Juuru_vallavalitsus, lk 49
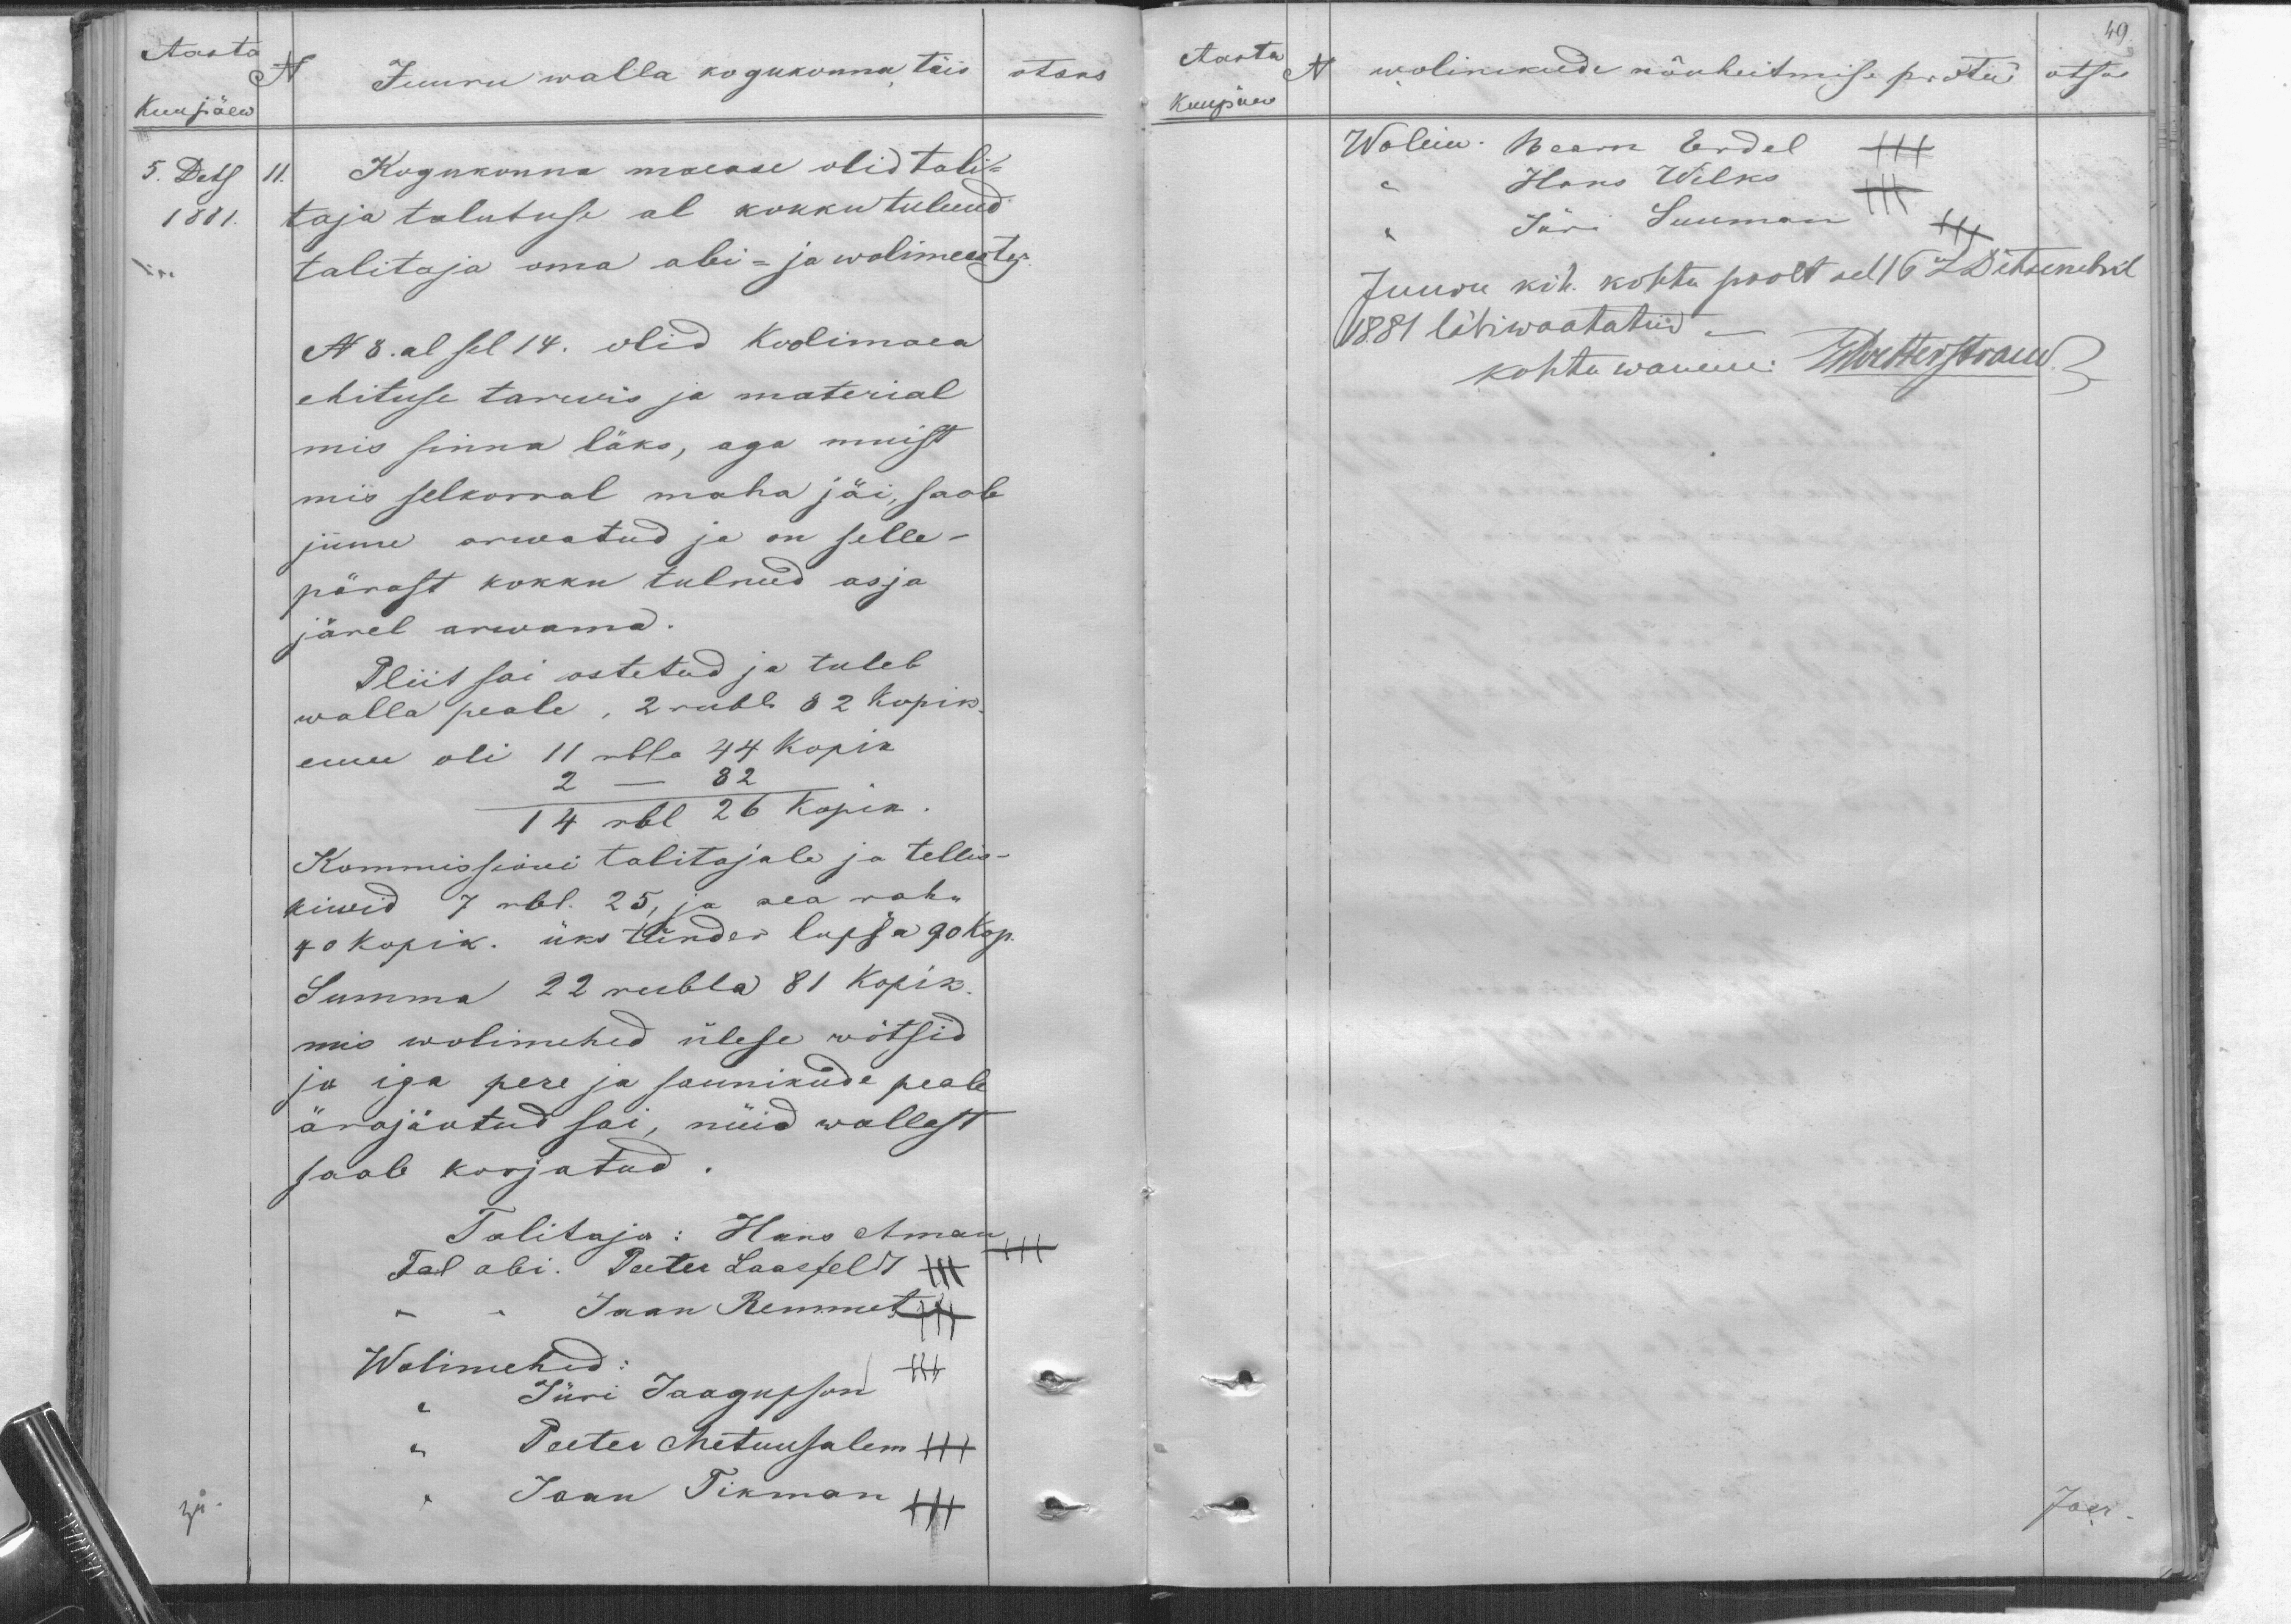
Aasta
N
Kuupäew
5. Dets 11.
1881.
Juuru walla kogukonna, täis
otsus.
Kogukonna maease olid tali-
taja talutuse al kokku tulnud
talitaja oma abi- ja wolimestega
N 8. al sel 14. olid Koolimaea
ehituse tarwis ja material
mis sinna läks, aga muist
mis selkorral maha jäi, saab
juure arwatud ja on selle-
pärast kokku tulnud asja
järel arwama.
Pliit sai ostetud ja tuleb
walla peale, 2 rubla 82 kopik.
enne oli 11 rbl. 44 kopik
2 - 82
14 rbl 26 kopik.
Kommissiooni talitajale ja tellis-
kiwid 7 rbl. 25, ja aea raha
40 kopik. Üks tünder kapsa 90 kop.
Summa 22 rubla 81 kopik
mis wolimehed ülese wõtsid
ja iga pere ja saunikude peale
ärajäotud sai, nüid wällast
saab korjatud
Talitaja: Hans Aman
Tal abi. Peeter Laasfeldt
Jaan Remmet
Wolimehed:
Jüri Jaagupson
Peeter Metuusalem
Jaan Tikman

49
Aasta
Kuupäew
N wolinikude nõuheitmise protuk
otsus
Wolim. Bearn Erdel +++
Hans Wilks
Jüri Suuman
Juuru kih. kohtu poolt sel 16 aL. Detsembril
1881 läbiwaatatud.
kohtu wanem: Martesspraid